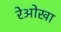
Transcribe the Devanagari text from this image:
रेओखा